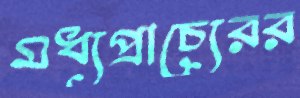
মধ্যপ্রাচ্যেরর